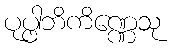
ပုပ္ဖါဘိကိဏ္ဏေသု